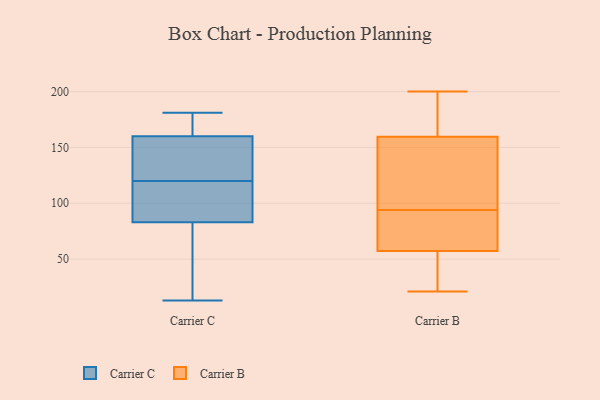
{"axis": {"x": "Production Output", "y": "Value"}, "legend": ["Carrier B", "Carrier C"], "data": [{"x": "", "y": 83, "type": "Carrier C"}, {"x": "", "y": 13, "type": "Carrier C"}, {"x": "", "y": 180, "type": "Carrier C"}, {"x": "", "y": 114, "type": "Carrier C"}, {"x": "", "y": 103, "type": "Carrier C"}, {"x": "", "y": 30, "type": "Carrier C"}, {"x": "", "y": 166, "type": "Carrier C"}, {"x": "", "y": 145, "type": "Carrier C"}, {"x": "", "y": 89, "type": "Carrier C"}, {"x": "", "y": 48, "type": "Carrier C"}, {"x": "", "y": 169, "type": "Carrier C"}, {"x": "", "y": 83, "type": "Carrier C"}, {"x": "", "y": 167, "type": "Carrier C"}, {"x": "", "y": 154, "type": "Carrier C"}, {"x": "", "y": 41, "type": "Carrier C"}, {"x": "", "y": 107, "type": "Carrier C"}, {"x": "", "y": 154, "type": "Carrier C"}, {"x": "", "y": 126, "type": "Carrier C"}, {"x": "", "y": 181, "type": "Carrier C"}, {"x": "", "y": 142, "type": "Carrier C"}, {"x": "", "y": 109, "type": "Carrier B"}, {"x": "", "y": 180, "type": "Carrier B"}, {"x": "", "y": 117, "type": "Carrier B"}, {"x": "", "y": 83, "type": "Carrier B"}, {"x": "", "y": 173, "type": "Carrier B"}, {"x": "", "y": 117, "type": "Carrier B"}, {"x": "", "y": 21, "type": "Carrier B"}, {"x": "", "y": 63, "type": "Carrier B"}, {"x": "", "y": 94, "type": "Carrier B"}, {"x": "", "y": 65, "type": "Carrier B"}, {"x": "", "y": 155, "type": "Carrier B"}, {"x": "", "y": 34, "type": "Carrier B"}, {"x": "", "y": 185, "type": "Carrier B"}, {"x": "", "y": 40, "type": "Carrier B"}, {"x": "", "y": 78, "type": "Carrier B"}, {"x": "", "y": 200, "type": "Carrier B"}, {"x": "", "y": 33, "type": "Carrier B"}]}